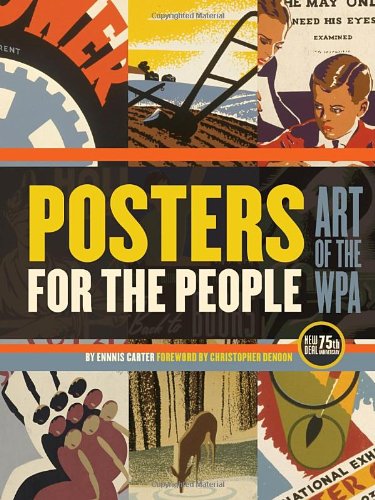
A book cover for Posters for the People; Ennis Carter; Crafts, Hobbies & Home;